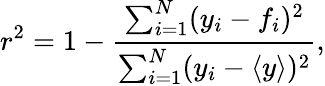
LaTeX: r^{2}=1-\frac{\sum_{i=1}^{N}(y_{i}-f_{i})^{2}}{\sum_{i=1}^{N}(y_{i}-\langle y\rangle)^{2}},